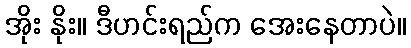
အိုး နိုး။ ဒီဟင်းရည်က အေးနေတာပဲ။